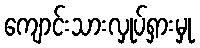
ကျောင်းသားလှုပ်ရှားမှု